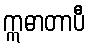
ဣဓာတာပီ